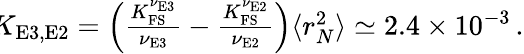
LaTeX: \begin{array}{r}{\! \! K_{\mathrm{{E3,E2}}}=\left(\frac{K_{\mathrm{FS}}^{\nu_{\textrm{E3}}}}{\nu_{\textrm{E3}}}-\frac{K_{\mathrm{FS}}^{\nu_{\textrm{E2}}}}{\nu_{\textrm{E2}}}\right)\langle r_{N}^{2}\rangle\simeq 2.4\times 10^{-3}\, .}\end{array}